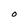
Character: O